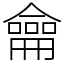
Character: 龠